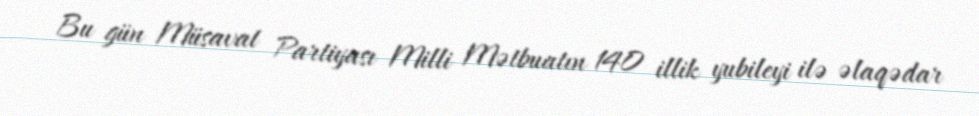
Bu gün Müsavat Partiyası Milli Mətbuatın 140 illik yubileyi ilə əlaqədar